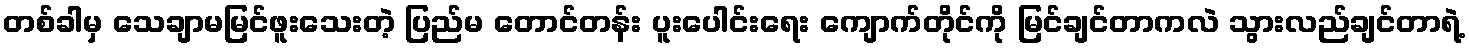
တစ်ခါမှ သေချာမမြင်ဖူးသေးတဲ့ ပြည်မ တောင်တန်း ပူးပေါင်းရေး ကျောက်တိုင်ကို မြင်ချင်တာကလဲ သွားလည်ချင်တာရဲ့